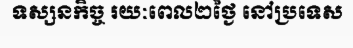
ទស្សនកិច្ច រយៈពេល២ថ្ងៃ នៅប្រទេស